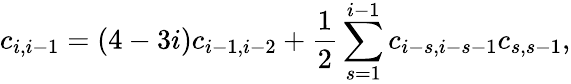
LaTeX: c_{i,i-1}=(4-3i)c_{i-1,i-2}+\frac{1}{2}\sum_{s=1}^{i-1}c_{i-s,i-s-1}c_{s,s-1},